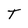
Character: T